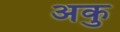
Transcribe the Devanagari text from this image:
अकु